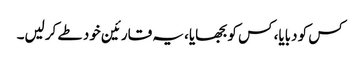
کس کو دبایا، کس کو بجھایا، یہ قارئین خود طے کرلیں۔